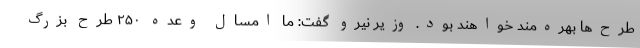
طرح‌ها بهره‌مند خواهند بود. وزیر نیرو گفت: ما امسال وعده ۲۵۰ طرح بزرگ